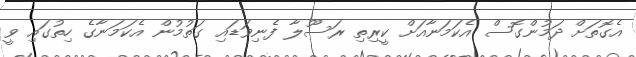
އެގޮތަށް ދަމުންގޮސް އެކަމަނާއަށް ކީރިތި ރަސޫލާ ފެނިވަޑައި ގަތުމުން އެކަމަނާގެ ހިތުގައި ވީ